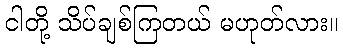
ငါတို့ သိပ်ချစ်ကြတယ် မဟုတ်လား။